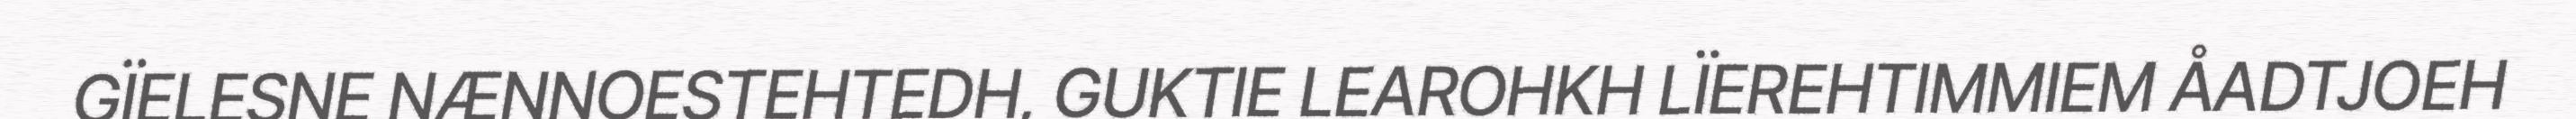
GÏELESNE NÆNNOESTEHTEDH, GUKTIE LEAROHKH LÏEREHTIMMIEM ÅADTJOEH